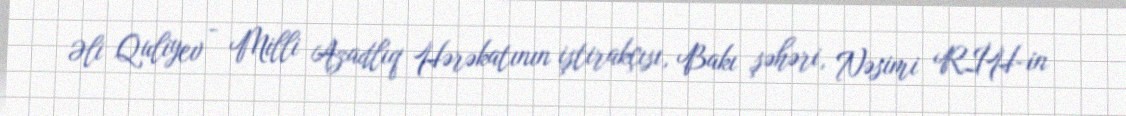
Əli Quliyev - Milli Azadlıq Hərəkatının iştirakçısı, Bakı şəhəri, Nəsimi RİH-in